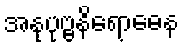
အနုပုဗ္ဗနိရောဓေန